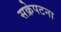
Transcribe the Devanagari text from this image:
सक्रेपटना